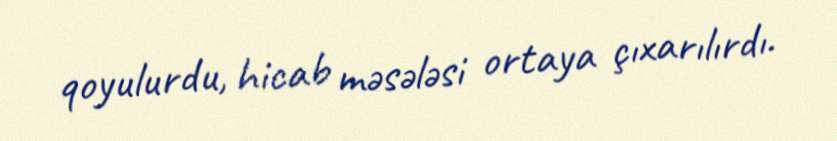
qoyulurdu, hicab məsələsi ortaya çıxarılırdı.